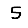
Digit: 5